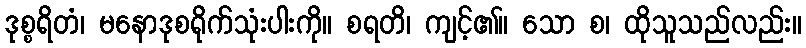
ဒုစ္စရိတံ၊ မနောဒုစရိုက်သုံးပါးကို။ စရတိ၊ ကျင့်၏။ သော စ၊ ထိုသူသည်လည်း။